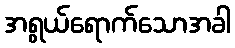
အရွယ်ရောက်သောအခါ